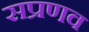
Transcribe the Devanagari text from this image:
सप्रणव